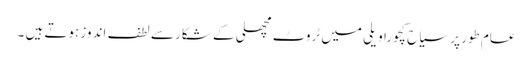
عام طور پر سیاح کچورا ویلی میں ٹروٹ مچھلی کے شکار سے لطف اندوز ہوتے ہیں ۔